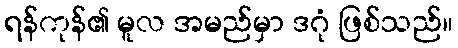
ရန်ကုန်၏ မူလ အမည်မှာ ဒဂုံ ဖြစ်သည်။